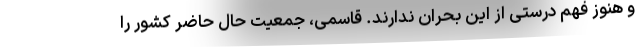
و هنوز فهم درستی از این بحران ندارند. قاسمی، جمعیت حال حاضر کشور را